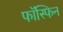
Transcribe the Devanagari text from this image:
फॉस्फिन